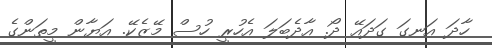
ހާދަ އަނގަ ގަދައޭ ދޯ. އާދެބަލަ އެހުރީ ހުސް މޭޒެކޭ. އަޔާން މީތަންގެ